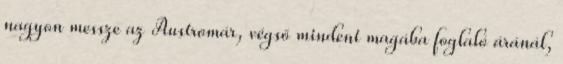
nagyon messze az Austromár, végső mindent magába foglaló áránál,